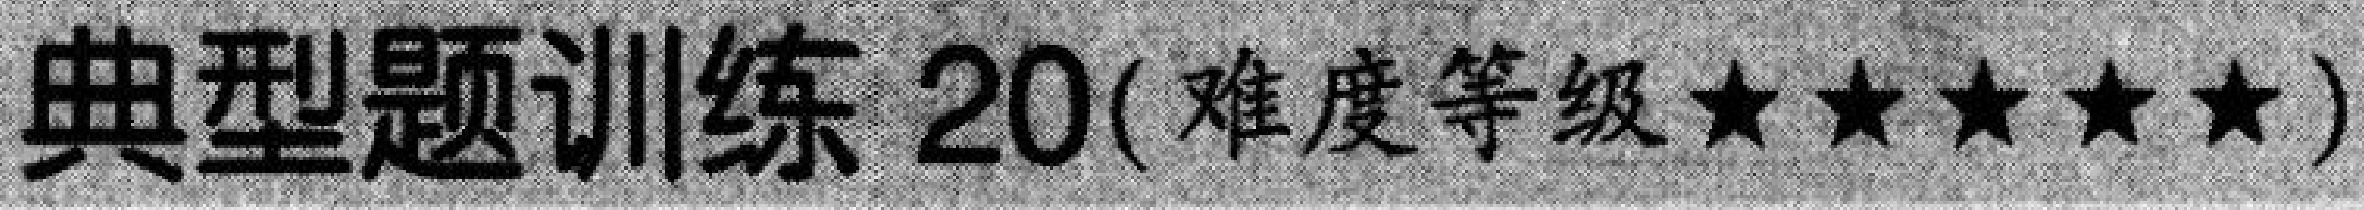
典型题训练 20(难度等级$\star\star\star\star\star$)